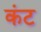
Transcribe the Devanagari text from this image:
कंट